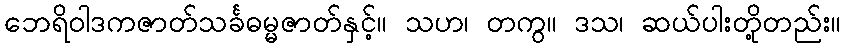
ဘေရိဝါဒကဇာတ်သင်္ခဓမ္မဇာတ်နှင့်။ သဟ၊ တကွ။ ဒသ၊ ဆယ်ပါးတို့တည်း။